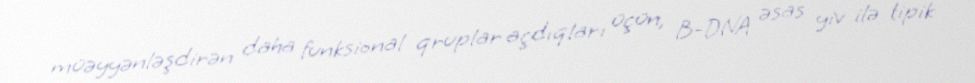
müəyyənləşdirən daha funksional qruplar açdıqları üçün, B-DNA əsas yiv ilə tipik